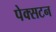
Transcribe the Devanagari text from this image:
पेक्‍सटन